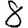
Digit: 8